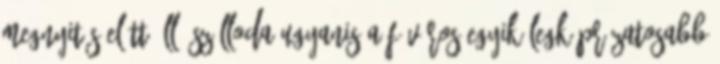
megnyitás előtt álló szálloda ugyanis a főváros egyik legkáprázatosabb